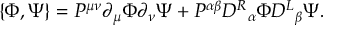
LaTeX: \{ \Phi , \Psi \} = P ^ { \mu \nu } \partial _ { \mu } \Phi \partial _ { \nu } \Psi + P ^ { \alpha \beta } { D ^ { R } } _ { \alpha } \Phi { D ^ { L } } _ { \beta } \Psi .